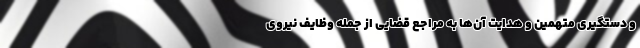
و دستگیری متهمین و هدایت آن‌ها به مراجع قضایی از جمله وظایف نیروی